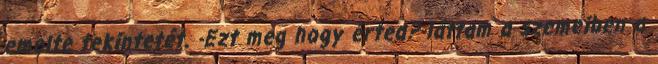
emelte tekintetét. -Ezt meg hogy érted?-láttam a szemeiben a